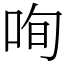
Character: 咰